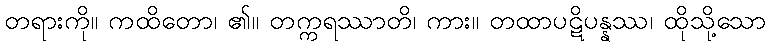
တရားကို။ ကထိတော၊ ၏။ တက္ကရဿာတိ၊ ကား။ တထာပဋိပန္နဿ၊ ထိုသို့သော